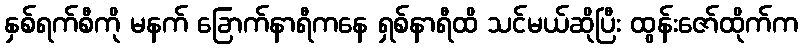
နှစ်ရက်စီကို မနက် ခြောက်နာရီကနေ ရှစ်နာရီထိ သင်မယ်ဆိုပြီး ထွန်းဇော်ထိုက်က